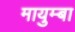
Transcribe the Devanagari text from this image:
मायुम्बा